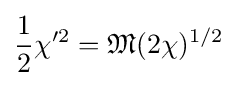
{\frac {1}{2}}\chi '^{2}={\mathfrak {M}}(2\chi )^{1/2}